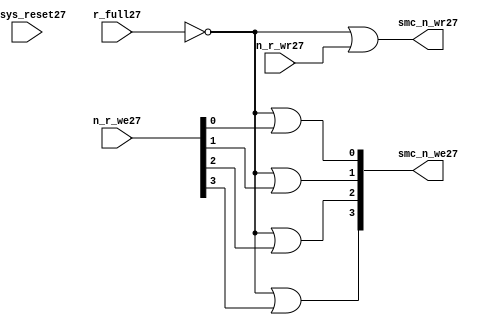
//File27 name   : smc_wr_enable_lite27.v
//Title27       : 
//Created27     : 1999
//Description27 : 
//Notes27       : 
//----------------------------------------------------------------------
//   Copyright27 1999-2010 Cadence27 Design27 Systems27, Inc27.
//   All Rights27 Reserved27 Worldwide27
//
//   Licensed27 under the Apache27 License27, Version27 2.0 (the
//   "License27"); you may not use this file except27 in
//   compliance27 with the License27.  You may obtain27 a copy of
//   the License27 at
//
//       http27://www27.apache27.org27/licenses27/LICENSE27-2.0
//
//   Unless27 required27 by applicable27 law27 or agreed27 to in
//   writing, software27 distributed27 under the License27 is
//   distributed27 on an "AS27 IS27" BASIS27, WITHOUT27 WARRANTIES27 OR27
//   CONDITIONS27 OF27 ANY27 KIND27, either27 express27 or implied27.  See
//   the License27 for the specific27 language27 governing27
//   permissions27 and limitations27 under the License27.
//----------------------------------------------------------------------


  module smc_wr_enable_lite27 (

                      //inputs27                      

                      n_sys_reset27,
                      r_full27,
                      n_r_we27,
                      n_r_wr27,

                      //outputs27

                      smc_n_we27,
                      smc_n_wr27);

//I27/O27
   
   input             n_sys_reset27;   //system reset
   input             r_full27;    // Full cycle write strobe27
   input [3:0]       n_r_we27;    //write enable from smc_strobe27
   input             n_r_wr27;    //write strobe27 from smc_strobe27
   output [3:0]      smc_n_we27;  // write enable (active low27)
   output            smc_n_wr27;  // write strobe27 (active low27)
   
   
//output reg declaration27.
   
   reg [3:0]          smc_n_we27;
   reg                smc_n_wr27;

//----------------------------------------------------------------------
// negedge strobes27 with clock27.
//----------------------------------------------------------------------
      

//----------------------------------------------------------------------
      
//--------------------------------------------------------------------
// Gate27 Write strobes27 with clock27.
//--------------------------------------------------------------------

  always @(r_full27 or n_r_we27)
  
  begin
  
     smc_n_we27[0] = ((~r_full27  ) | n_r_we27[0] );

     smc_n_we27[1] = ((~r_full27  ) | n_r_we27[1] );

     smc_n_we27[2] = ((~r_full27  ) | n_r_we27[2] );

     smc_n_we27[3] = ((~r_full27  ) | n_r_we27[3] );

  
  end

//--------------------------------------------------------------------   
//write strobe27 generation27
//--------------------------------------------------------------------   

  always @(n_r_wr27 or r_full27 )
  
     begin
  
        smc_n_wr27 = ((~r_full27 ) | n_r_wr27 );
       
     end

endmodule // smc_wr_enable27